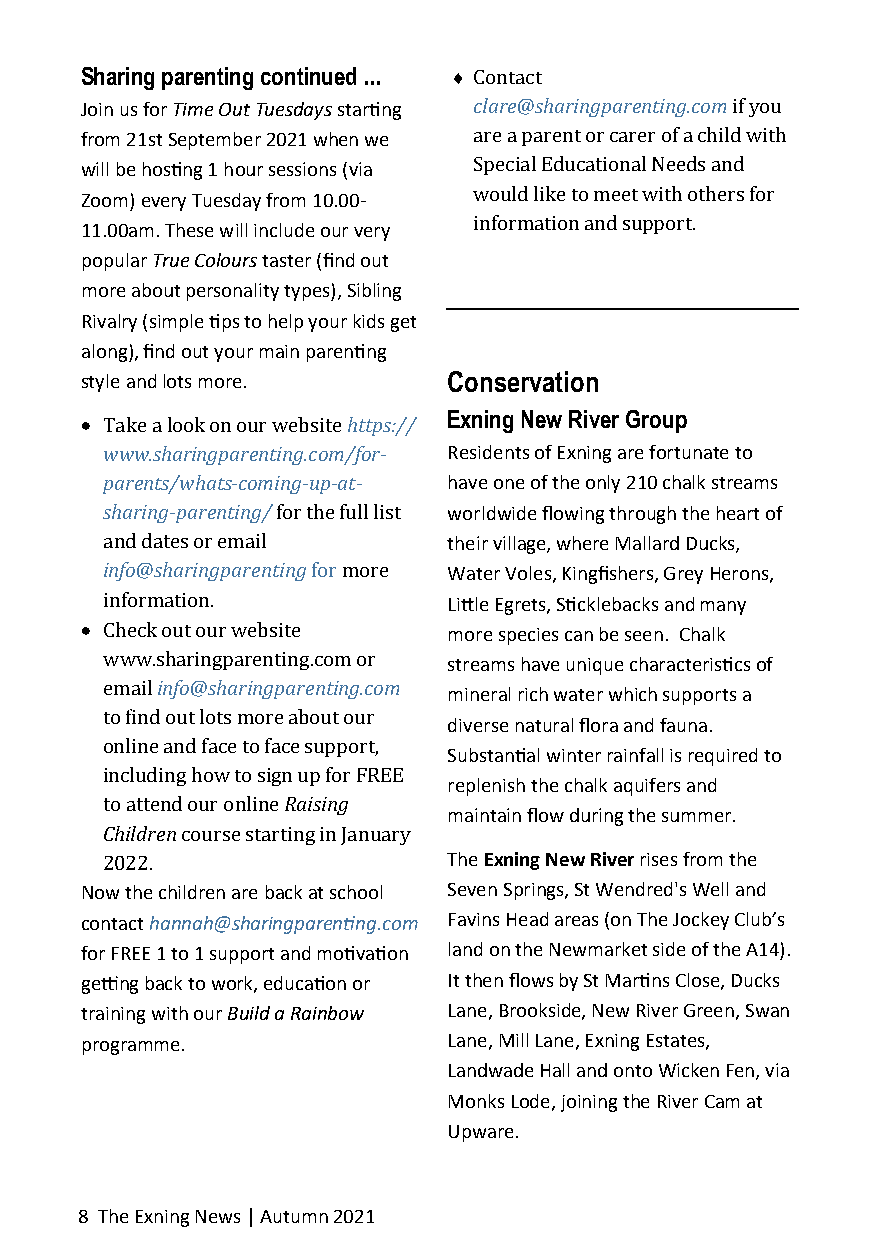
Sharing parenting continued ...  Contact
 Join us for Time Out Tuesdays starting clare@sharingparenting.com if you
 from 21st September 2021 when we are a parent or carer of a child with
 will be hosting 1 hour sessions (via Special Educational Needs and
 would like to meet with others for
 Zoom) every Tuesday from 10.00-
 information and support.
 11.00am. These will include our very
 popular True Colours taster (find out
 more about personality types), Sibling
 Rivalry (simple tips to help your kids get
 along), find out your main parenting
 style and lots more.     Conservation
 Exning New River Group
 • Take a look on our website https://
 www.sharingparenting.com/for- Residents of Exning are fortunate to
 parents/whats-coming-up-at- have one of the only 210 chalk streams
 sharing-parenting/ for the full list worldwide flowing through the heart of
 and dates or email     their village, where Mallard Ducks,
 info@sharingparenting for more Water Voles, Kingfishers, Grey Herons,
 information.           Little Egrets, Sticklebacks and many
 • Check out our website  more species can be seen. Chalk
 www.sharingparenting.com or streams have unique characteristics of
 email info@sharingparenting.com
 mineral rich water which supports a
 to find out lots more about our
 diverse natural flora and fauna.
 online and face to face support,
 Substantial winter rainfall is required to
 including how to sign up for FREE
 replenish the chalk aquifers and
 to attend our online Raising
 maintain flow during the summer.
 Children course starting in January
 2022.                  The Exning New River rises from the
 Now the children are back at school Seven Springs, St Wendred's Well and
 contact hannah@sharingparenting.com Favins Head areas (on The Jockey Club’s
 for FREE 1 to 1 support and motivation land on the Newmarket side of the A14).
 getting back to work, education or It then flows by St Martins Close, Ducks
 training with our Build a Rainbow Lane, Brookside, New River Green, Swan
 programme.               Lane, Mill Lane, Exning Estates,
 Landwade Hall and onto Wicken Fen, via
 Monks Lode, joining the River Cam at
 Upware.
 8 The Exning News | Autumn 2021